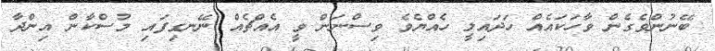
ބޭނުންވެގެން ވާހަކައެއް ހަދައިލީ ހެއްޔެވެ ވިސްނަން ވީ އެއްޗެއް ނޭނގިފައި މުސްކާން އިންދާ